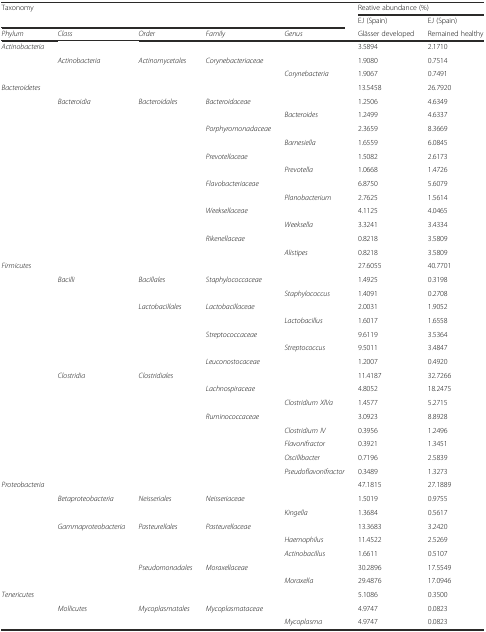
<table><thead><tr><td rowspan="2" colspan="5"><b>Taxonomy</b></td><td colspan="2"><b>Reative abundance (%)</b></td></tr><tr><td><b>EJ (Spain)</b></td><td><b>EJ (Spain)</b></td></tr><tr><td><b><i>Phylum</i></b></td><td><b><i>Class</i></b></td><td><b><i>Order</i></b></td><td><b><i>Family</i></b></td><td><b><i>Genus</i></b></td><td><b>Glässer developed</b></td><td><b>Remained healthy</b></td></tr></thead><tbody><tr><td><i>Actinobacteria</i></td><td></td><td></td><td></td><td></td><td>3.5894</td><td>2.1710</td></tr><tr><td></td><td><i>Actinobacteria</i></td><td><i>Actinomycetales</i></td><td><i>Corynebacteriaceae</i></td><td></td><td>1.9080</td><td>0.7514</td></tr><tr><td></td><td></td><td></td><td></td><td><i>Corynebacteria</i></td><td>1.9067</td><td>0.7491</td></tr><tr><td><i>Bacteroidetes</i></td><td></td><td></td><td></td><td></td><td>13.5458</td><td>26.7920</td></tr><tr><td></td><td><i>Bacteroidia</i></td><td><i>Bacteroidales</i></td><td><i>Bacteroidaceae</i></td><td></td><td>1.2506</td><td>4.6349</td></tr><tr><td></td><td></td><td></td><td></td><td><i>Bacteroides</i></td><td>1.2499</td><td>4.6337</td></tr><tr><td></td><td></td><td></td><td><i>Porphyromonadaceae</i></td><td></td><td>2.3659</td><td>8.3669</td></tr><tr><td></td><td></td><td></td><td></td><td><i>Barnesiella</i></td><td>1.6559</td><td>6.0845</td></tr><tr><td></td><td></td><td></td><td><i>Prevotellaceae</i></td><td></td><td>1.5082</td><td>2.6173</td></tr><tr><td></td><td></td><td></td><td></td><td><i>Prevotella</i></td><td>1.0668</td><td>1.4726</td></tr><tr><td></td><td></td><td></td><td><i>Flavobacteriaceae</i></td><td></td><td>6.8750</td><td>5.6079</td></tr><tr><td></td><td></td><td></td><td></td><td><i>Planobacterium</i></td><td>2.7625</td><td>1.5614</td></tr><tr><td></td><td></td><td></td><td><i>Weeksellaceae</i></td><td></td><td>4.1125</td><td>4.0465</td></tr><tr><td></td><td></td><td></td><td></td><td><i>Weeksella</i></td><td>3.3241</td><td>3.4334</td></tr><tr><td></td><td></td><td></td><td><i>Rikenellaceae</i></td><td></td><td>0.8218</td><td>3.5809</td></tr><tr><td></td><td></td><td></td><td></td><td><i>Alistipes</i></td><td>0.8218</td><td>3.5809</td></tr><tr><td><i>Firmicutes</i></td><td></td><td></td><td></td><td></td><td>27.6055</td><td>40.7701</td></tr><tr><td></td><td><i>Bacilli</i></td><td><i>Bacillales</i></td><td><i>Staphylococcaceae</i></td><td></td><td>1.4925</td><td>0.3198</td></tr><tr><td></td><td></td><td></td><td></td><td><i>Staphylococcus</i></td><td>1.4091</td><td>0.2708</td></tr><tr><td></td><td></td><td><i>Lactobacillales</i></td><td><i>Lactobacillaceae</i></td><td></td><td>2.0031</td><td>1.9052</td></tr><tr><td></td><td></td><td></td><td></td><td><i>Lactobacillus</i></td><td>1.6017</td><td>1.6558</td></tr><tr><td></td><td></td><td></td><td><i>Streptococcaceae</i></td><td></td><td>9.6119</td><td>3.5364</td></tr><tr><td></td><td></td><td></td><td></td><td><i>Streptococcus</i></td><td>9.5011</td><td>3.4847</td></tr><tr><td></td><td></td><td></td><td><i>Leuconostocaceae</i></td><td></td><td>1.2007</td><td>0.4920</td></tr><tr><td></td><td><i>Clostridia</i></td><td><i>Clostridiales</i></td><td></td><td></td><td>11.4187</td><td>32.7266</td></tr><tr><td></td><td></td><td></td><td><i>Lachnospiraceae</i></td><td></td><td>4.8052</td><td>18.2475</td></tr><tr><td></td><td></td><td></td><td></td><td><i>Clostridium XlVa</i></td><td>1.4577</td><td>5.2715</td></tr><tr><td></td><td></td><td></td><td><i>Ruminococcaceae</i></td><td></td><td>3.0923</td><td>8.8928</td></tr><tr><td></td><td></td><td></td><td></td><td><i>Clostridium IV</i></td><td>0.3956</td><td>1.2496</td></tr><tr><td></td><td></td><td></td><td></td><td><i>Flavonifractor</i></td><td>0.3921</td><td>1.3451</td></tr><tr><td></td><td></td><td></td><td></td><td><i>Oscillibacter</i></td><td>0.7196</td><td>2.5839</td></tr><tr><td></td><td></td><td></td><td></td><td><i>Pseudoflavonifractor</i></td><td>0.3489</td><td>1.3273</td></tr><tr><td><i>Proteobacteria</i></td><td></td><td></td><td></td><td></td><td>47.1815</td><td>27.1889</td></tr><tr><td></td><td><i>Betaproteobacteria</i></td><td><i>Neisseriales</i></td><td><i>Neisseriaceae</i></td><td></td><td>1.5019</td><td>0.9755</td></tr><tr><td></td><td></td><td></td><td></td><td><i>Kingella</i></td><td>1.3684</td><td>0.5617</td></tr><tr><td></td><td><i>Gammaproteobacteria</i></td><td><i>Pasteurellales</i></td><td><i>Pasteurellaceae</i></td><td></td><td>13.3683</td><td>3.2420</td></tr><tr><td></td><td></td><td></td><td></td><td><i>Haemophilus</i></td><td>11.4522</td><td>2.5269</td></tr><tr><td></td><td></td><td></td><td></td><td><i>Actinobacillus</i></td><td>1.6611</td><td>0.5107</td></tr><tr><td></td><td></td><td><i>Pseudomonadales</i></td><td><i>Moraxellaceae</i></td><td></td><td>30.2896</td><td>17.5549</td></tr><tr><td></td><td></td><td></td><td></td><td><i>Moraxella</i></td><td>29.4876</td><td>17.0946</td></tr><tr><td><i>Tenericutes</i></td><td></td><td></td><td></td><td></td><td>5.1086</td><td>0.3500</td></tr><tr><td></td><td><i>Mollicutes</i></td><td><i>Mycoplasmatales</i></td><td><i>Mycoplasmataceae</i></td><td></td><td>4.9747</td><td>0.0823</td></tr><tr><td></td><td></td><td></td><td></td><td><i>Mycoplasma</i></td><td>4.9747</td><td>0.0823</td></tr></tbody></table>